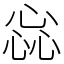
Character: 惢